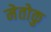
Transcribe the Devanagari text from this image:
मेतोकु